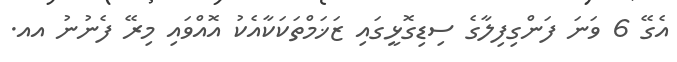
އެގޭ 6 ވަނަ ފަންގިފިލާގެ ސިޑިގޮޅީގައި ޒަޚަމްތަކަކާއެކު އޮއްވައި މިރޭ ފެނުނު އއ.